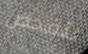
لتفحص